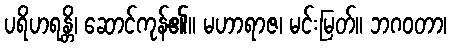
ပရိဟရန္တိ၊ ဆောင်ကုန်၏။ မဟာရာဇ၊ မင်းမြတ်။ ဘဂဝတာ၊